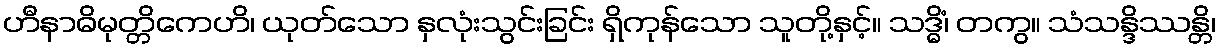
ဟီနာဓိမုတ္တိကေဟိ၊ ယုတ်သော နှလုံးသွင်းခြင်း ရှိကုန်သော သူတို့နှင့်။ သဒ္ဓိံ၊ တကွ။ သံသန္ဒိဿန္တိ၊